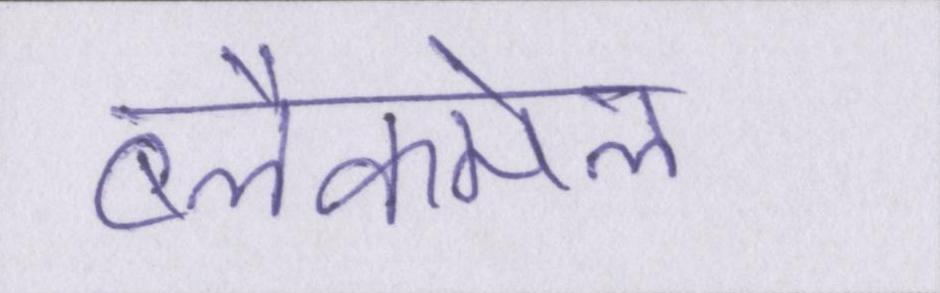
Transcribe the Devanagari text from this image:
ब्लैकमेल